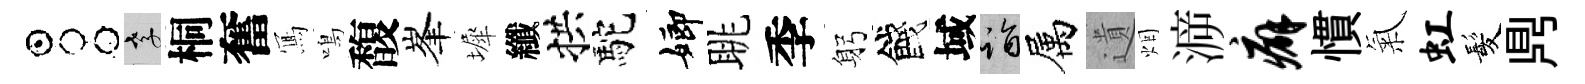
占孝桐奮𭂁鳴馥峯墀纖拱駝嫏眺季躬餞域诣属遺烟㴑癖慣氣虹髪𪔂